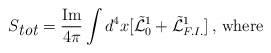
\begin{align*}S_{\mbox{\em tot}} = \frac{\mbox{Im}}{4\pi}\int d^4x [\tilde{{\cal L}}^1_0+\tilde{{\cal L}}^1_{F.I.}]\, , \, \mbox{where}\end{align*}